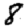
Digit: 8